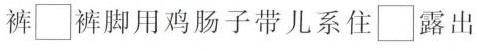
裤\Box 裤脚用鸡肠子带儿系住\Box 露出